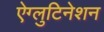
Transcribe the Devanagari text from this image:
ऐग्लुटिनेशन